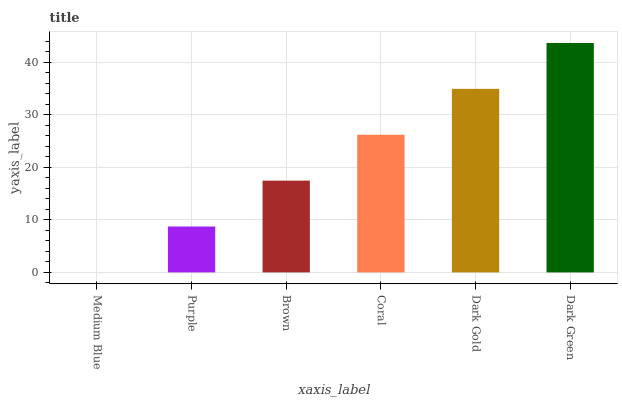
| xaxis_label | bars |
 | --- | --- |
 | Medium Blue | 0 |
 | Purple | 8.73 |
 | Brown | 17.5 |
 | Coral | 26.2 |
 | Dark Gold | 34.9 |
 | Dark Green | 43.7 |